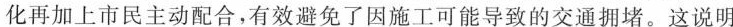
化再加上市民主动配合，有效避免了因施工可能导致的交通拥堵。这说明